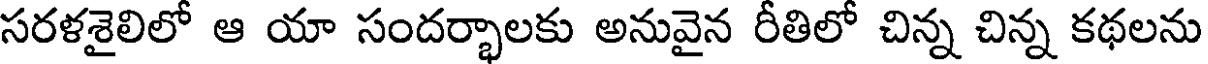
సరళశైలిలో ఆ యా సందర్భాలకు అనువైన రీతిలో చిన్న చిన్న కథలను